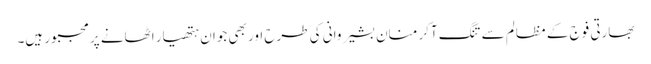
بھارتی فوج کے مظالم سے تنگ آکر منان بشیر وانی کی طرح اور بھی جوان ہتھیار اٹھانے پر مجبور ہیں۔